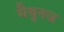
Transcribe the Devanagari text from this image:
मैथुनज